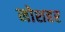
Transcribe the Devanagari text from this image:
नोशहर